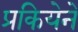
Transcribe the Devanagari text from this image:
प्रकियेने